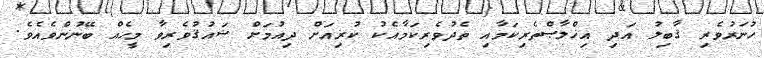
ހުނަރުވެރި ޤާބިލު އަދި އިޚްލާޞްތެރިކަމާއި ތެދުވެރިކަމާއެކު ކުރިއަށް ދިއުމަށް ޝައުޤުވެރިވާ މީހެއް ބޭނުންވެއެވެ.